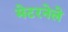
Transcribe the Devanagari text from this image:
मेटरनेले